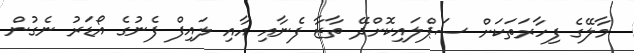
މާލޭގެ ފިހާރަތަކަށް ސަޕްލައިކޮށްދޭ ތާޒާ ފެނާއި އާއި ލައިފް ފެނުގެ އޯޑަރު ނެގުން